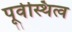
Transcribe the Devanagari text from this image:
पूर्वस्थित्व